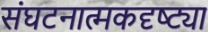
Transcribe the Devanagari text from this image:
संघटनात्मकदृष्ट्या